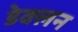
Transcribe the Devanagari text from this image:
डेक्लन